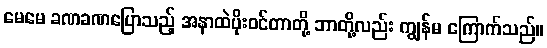
မေမေ ခဏခဏပြောသည့် အနာထဲပိုးဝင်တာတို့ ဘာတို့လည်း ကျွန်မ ကြောက်သည်။